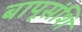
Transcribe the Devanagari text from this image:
बापूसंशि